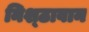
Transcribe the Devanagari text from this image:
निश्ठावान